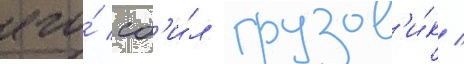
его́ сб'и́л грузов'и́к /